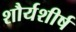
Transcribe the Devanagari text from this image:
शौर्यशीर्ष